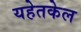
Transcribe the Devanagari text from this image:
यहेतकेल